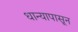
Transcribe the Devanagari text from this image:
धान्यापासून